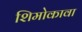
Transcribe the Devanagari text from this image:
शिमोकावा